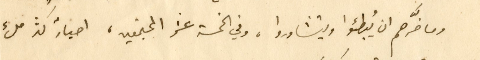
وما ضرَّهم ان يُبطئوا ويتشاوروا، وفي الخمسة عشر المجتمعين، احبارٌ كثر ملء